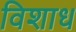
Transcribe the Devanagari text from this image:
विशाध